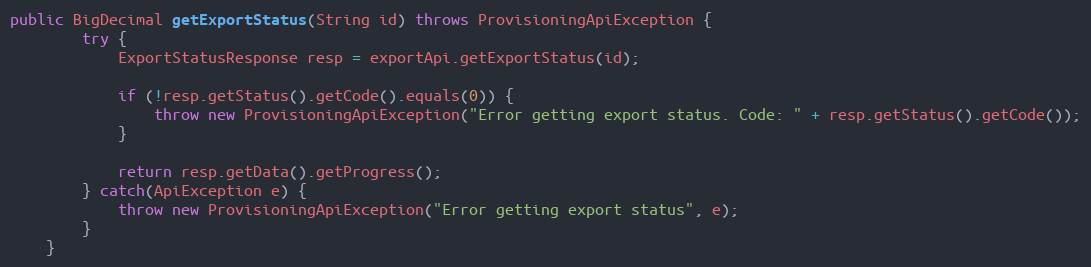
Language: Java
public BigDecimal getExportStatus(String id) throws ProvisioningApiException {
		try {
			ExportStatusResponse resp = exportApi.getExportStatus(id);

			if (!resp.getStatus().getCode().equals(0)) {
				throw new ProvisioningApiException("Error getting export status. Code: " + resp.getStatus().getCode());
			}

			return resp.getData().getProgress();
		} catch(ApiException e) {
			throw new ProvisioningApiException("Error getting export status", e);
		}
	}